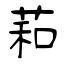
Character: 萂